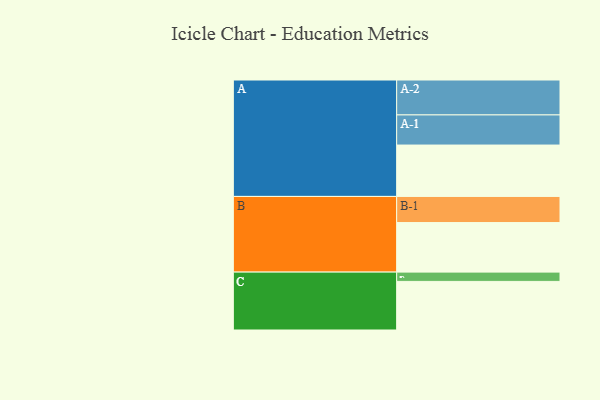
{"axis": {"x": "Segment", "y": "Value"}, "legend": ["", "A", "B", "C"], "data": [{"x": "A", "y": 387, "type": ""}, {"x": "B", "y": 373, "type": ""}, {"x": "C", "y": 366, "type": ""}, {"x": "A-1", "y": 227, "type": "A"}, {"x": "A-2", "y": 263, "type": "A"}, {"x": "B-1", "y": 197, "type": "B"}, {"x": "C-1", "y": 70, "type": "C"}]}